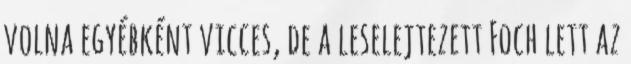
volna egyébként vicces, de a leselejtezett Foch lett az